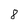
Character: 8